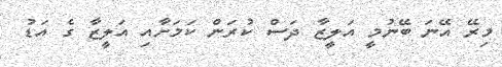
މިރޭ އޭނަ ބޭނުމީ އަލީޒާ ދަސް ކުރަން ކަމަށާއި އަލީޒާ ގެ އަޑު